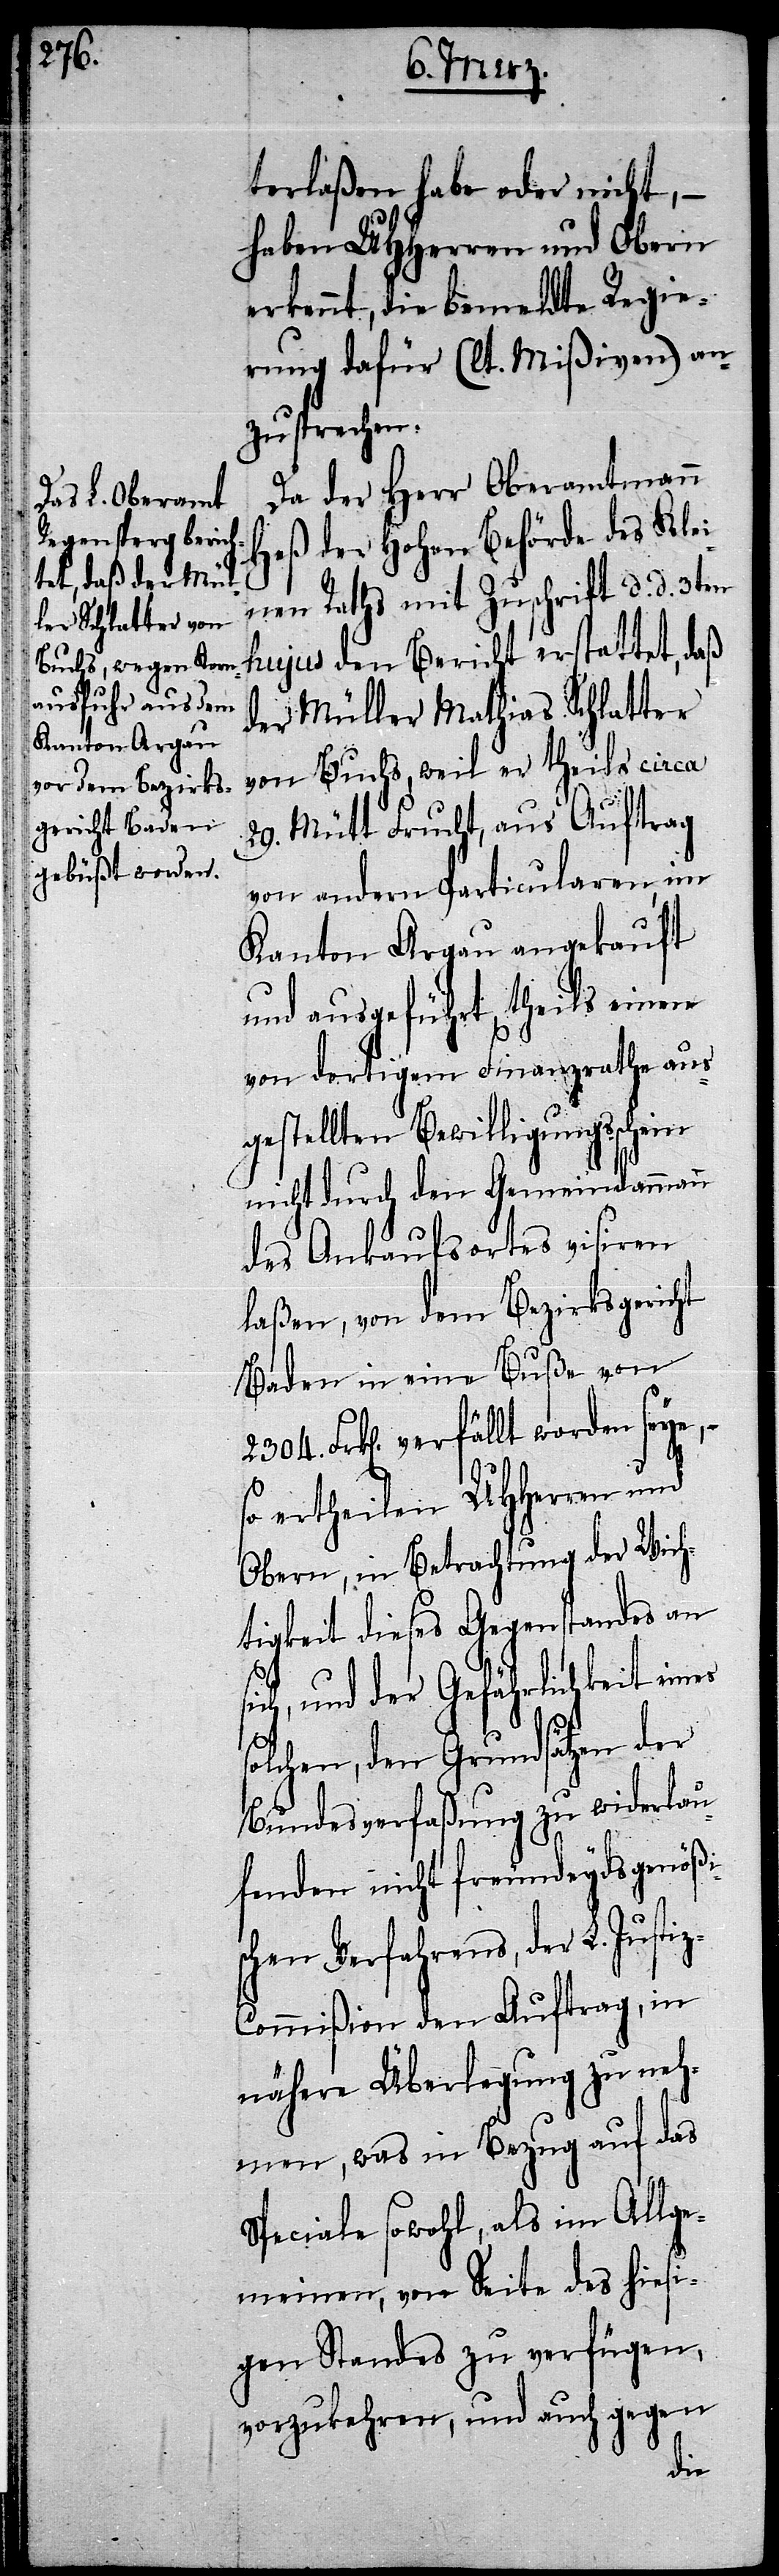
es s¬

terlaßen habe oder nicht,
haben UHHerren und Obern
erkennt, die bemeldte Regie¬
rung dafür (lt. Mißiven) an¬
zusprechen.
Da der Herr Oberamtmann
Heß der Hohen Behörde des Klei¬
nen Raths mit Zuschrift d. d. 3ten
hujus den Bericht erstattet, daß
der Müller Mathias Schlatter
von Buchs, weil er theils circa
29. Mütt Frucht, aus Auftrag
von andern Particularen, im
Kanton Argau angekauft
und ausgeführt, theils einen
von dortigem Finanzrathe aus¬
gestellten Bewilligungsschein
nicht durch den Gemeindammann
des Ankaufsortes visiren
laßen, von dem Bezirksgericht
Baden in eine Buße von
Frk[en]. verfällt worden seye,
so ertheilen UHHerren und
Obern, in Betrachtung der Wich¬
tigkeit dieses Gegenstandes an
und der Gefährlichkeit ein¬
olchen, den Grundsätzen der
Bundesverfaßung zu widerlau¬
fenden nicht freundeydsgenößi¬
schen Verfahrens, der L. Justi¬
z-Commißion den Auftrag, in
nähere Überlegung zu neh¬
men, was in Bezug auf das
Speciale sowohl, als im Allge¬
meinen, von Seite des hiesi¬
gen Standes zu verfügen,
vorzukehren, und auch gegen